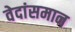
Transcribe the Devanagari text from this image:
वेदांसमान